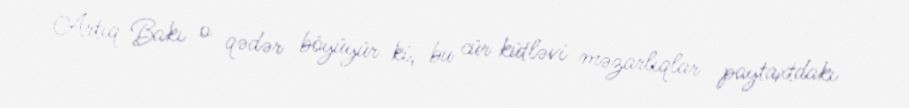
Artıq Bakı o qədər böyüyür ki, bu cür kütləvi məzarlıqlar paytaxtdakı